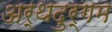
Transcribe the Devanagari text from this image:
अर्थदुर्गम